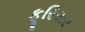
ફૂરિયર